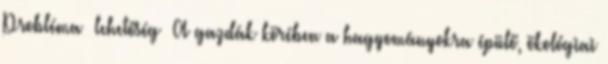
Probléma lehetőség ▪A gazdák körében a hagyományokra épülő, ökológiai